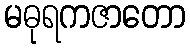
မဓုရကဇာတော